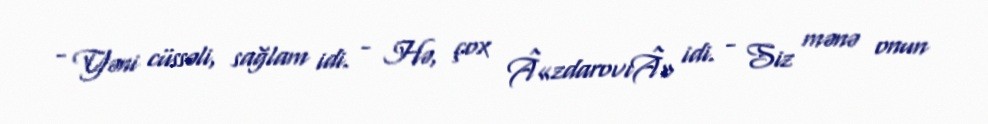
- Yəni cüssəli, sağlam idi. - Hə, çox Â«zdarovıÂ» idi. - Siz mənə onun